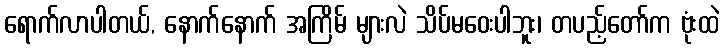
ရောက်လာပါတယ်, နောက်နောက် အကြိမ် များလဲ သိပ်မဝေးပါဘူး၊ တပည့်တော်က ဗုံးထဲ